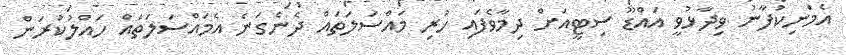
އެމަނިކުފާނު ވިދާޅުވީ އައްޑޫ ސިޓީއަށް ދިމާވެފައި ހުރި މައްސަލަތައް ދެނެގަނެ އެމައްސަލަތައް ހައްލުކުރަން